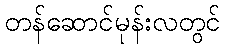
တန်ဆောင်မုန်းလတွင်